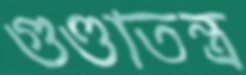
গুণ্ডাতন্ত্র